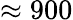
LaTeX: \approx 900